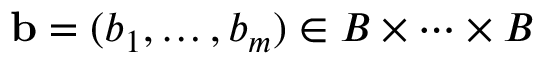
{ \bf b } = ( b _ { 1 } , \dots , b _ { m } ) \in B \times \dots \times B